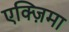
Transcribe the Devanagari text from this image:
एक्ज़िमा